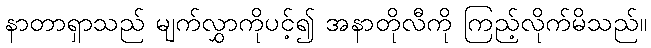
နာတာရှာသည် မျက်လွှာကိုပင့်၍ အနာတိုလီကို ကြည့်လိုက်မိသည်။